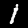
Digit: 1